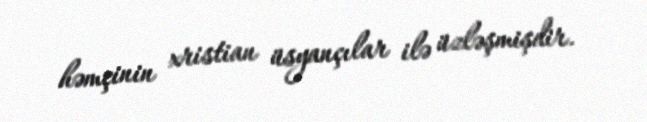
həmçinin xristian üsyançılar ilə üzləşmişdir.